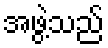
အဖွဲ့သည်